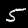
Digit: 5